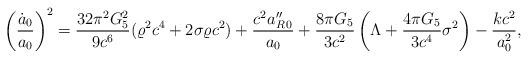
LaTeX: \begin{align*}\left({\dot{a}_0\over a_0}\right)^2={{32\pi^2 G^2_5}\over{9c^6}}(\varrho^2c^4+2\sigma\varrho c^2)+{{c^2a^{\prime\prime}_{R\,0}}\over{a_0}}+{{8\pi G_5}\over{3c^2}}\left(\Lambda+{{4\pi G_5}\over{3c^4}}\sigma^2\right)-{{kc^2}\over a^2_0},\end{align*}